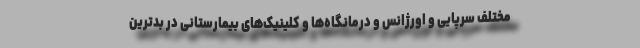
مختلف سرپایی و اورژانس و درمانگاه‌ها و کلینیک‌های بیمارستانی در بدترین